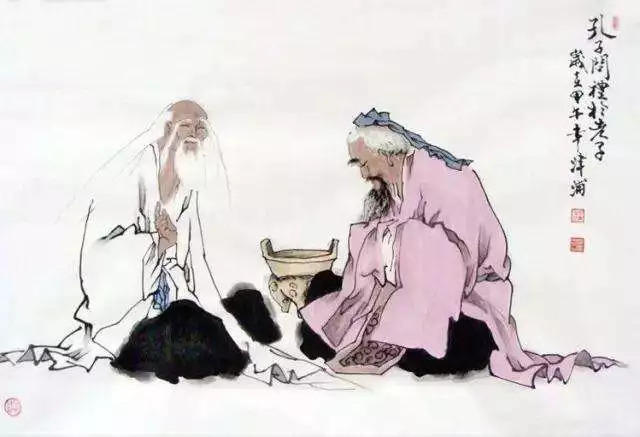
德之不修，学之不讲，闻义不能徙，不善不能改，是吾忧也。